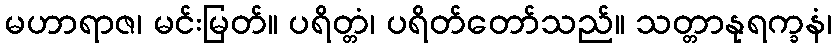
မဟာရာဇ၊ မင်းမြတ်။ ပရိတ္တံ၊ ပရိတ်တော်သည်။ သတ္တာနုရက္ခနံ၊